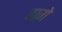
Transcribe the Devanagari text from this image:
वागे